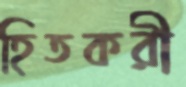
হিতকরী